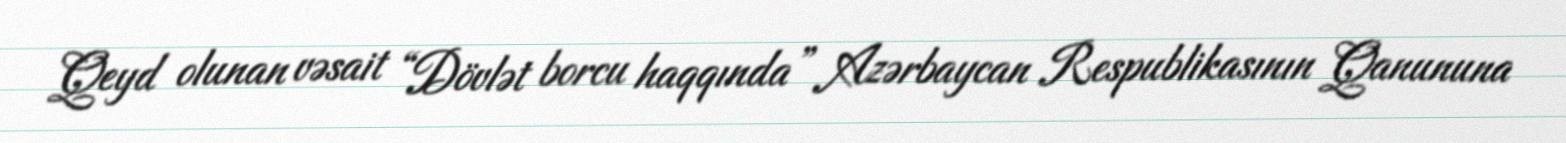
Qeyd olunan vəsait “Dövlət borcu haqqında” Azərbaycan Respublikasının Qanununa